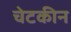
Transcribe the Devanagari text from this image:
चेटकीन